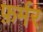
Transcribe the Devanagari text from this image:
फ़र्मर